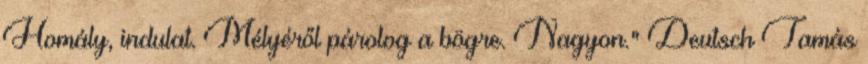
Homály, indulat. Mélyéről párolog a bögre. Nagyon." Deutsch Tamás